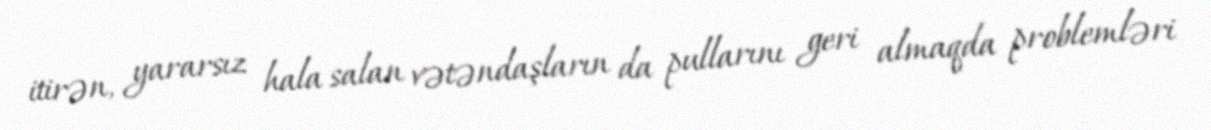
itirən, yararsız hala salan vətəndaşların da pullarını geri almaqda problemləri